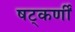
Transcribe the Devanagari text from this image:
षट्‌कर्णीं